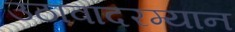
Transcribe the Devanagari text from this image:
उठावादरम्यान